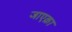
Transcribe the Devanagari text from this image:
जाएक़ा